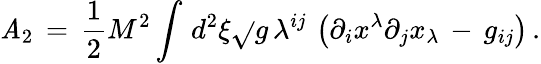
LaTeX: {\cal\mathit{A}}_{2}\, =\, \frac{{1}}{{2}}M^{2}\int_{}^{}d^{2}\xi\sqrt{}{{g}}\, \lambda^{ij}\, \left(\partial_{i}x^{\lambda}\partial_{j}x_{\lambda}\, -\, g_{ij}\right)\, {.}